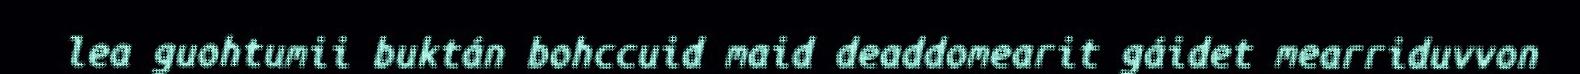
lea guohtumii buktán bohccuid maid deaddomearit gáidet mearriduvvon